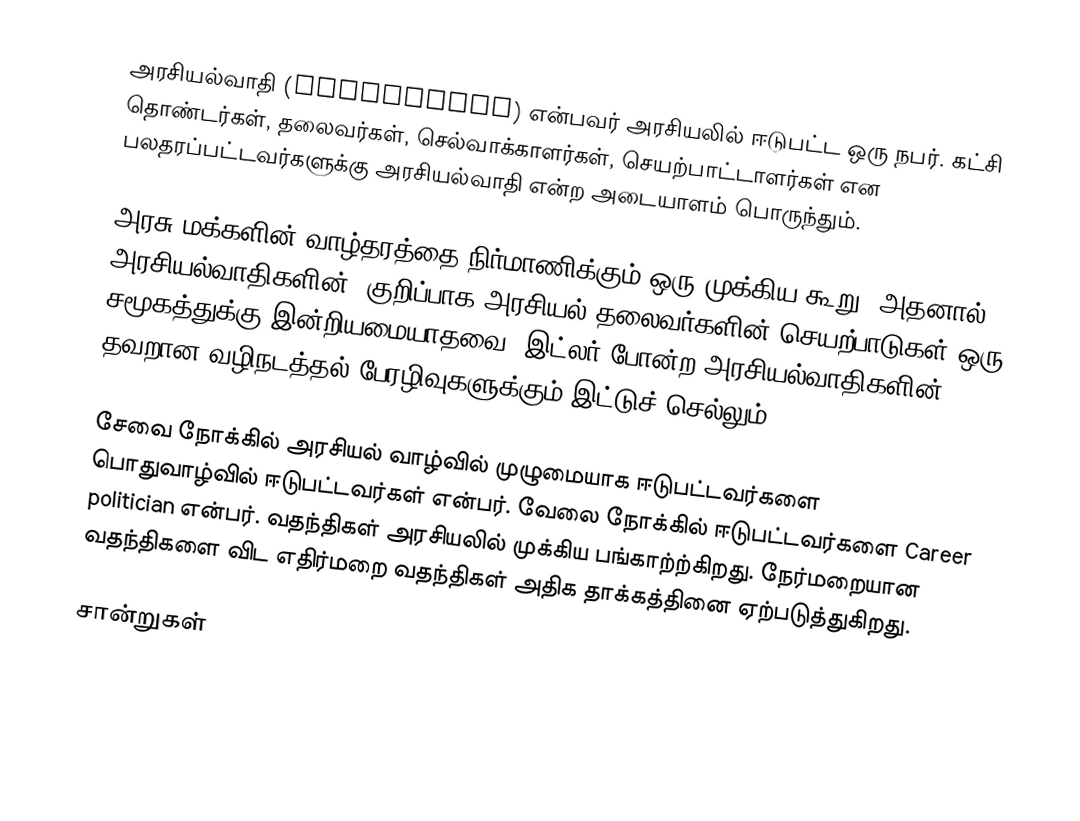
அரசியல்வாதி (politician) என்பவர் அரசியலில் ஈடுபட்ட ஒரு நபர். கட்சி தொண்டர்கள், தலைவர்கள், செல்வாக்காளர்கள், செயற்பாட்டாளர்கள் என பலதரப்பட்டவர்களுக்கு அரசியல்வாதி என்ற அடையாளம் பொருந்தும்.

அரசு மக்களின் வாழ்தரத்தை நிர்மாணிக்கும் ஒரு முக்கிய கூறு. அதனால் அரசியல்வாதிகளின், குறிப்பாக அரசியல் தலைவர்களின் செயற்பாடுகள் ஒரு சமூகத்துக்கு இன்றியமையாதவை. இட்லர் போன்ற அரசியல்வாதிகளின் தவறான வழிநடத்தல் பேரழிவுகளுக்கும் இட்டுச் செல்லும்.

சேவை நோக்கில் அரசியல் வாழ்வில் முழுமையாக ஈடுபட்டவர்களை பொதுவாழ்வில் ஈடுபட்டவர்கள் என்பர். வேலை நோக்கில் ஈடுபட்டவர்களை Career politician என்பர். வதந்திகள் அரசியலில் முக்கிய பங்காற்ற்கிறது. நேர்மறையான வதந்திகளை விட எதிர்மறை வதந்திகள் அதிக தாக்கத்தினை ஏற்படுத்துகிறது.

சான்றுகள்